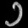
Digit: ၁